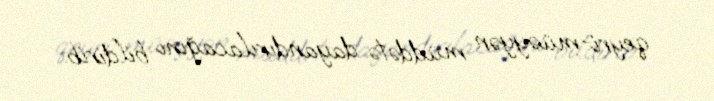
qeyri-müəyyən müddətə dayandırılacağını bildirib.